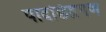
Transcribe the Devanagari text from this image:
पादछिद्रगण